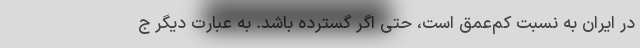
در ایران به نسبت کم‌عمق است، حتی اگر گسترده باشد. به عبارت دیگر ج